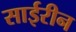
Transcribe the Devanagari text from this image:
साईरीन